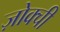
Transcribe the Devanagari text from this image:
ज़ोक्ची